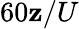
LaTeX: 60\mathbf{z}/U